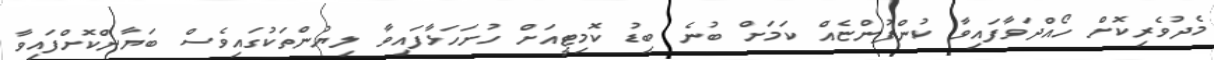
މެދުވެރިކޮށް ހޯއްދަވާފައިވާ ކުންފުންޏެއް ކަމަށް ބުނެ ބިޑު ކޮމިޓީއަށް ހުށަހަޅާފައިވާ ލިޔުންތަކުގައިވެސް ބަޔާންކޮށްފައިވާ